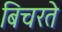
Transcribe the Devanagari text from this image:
बिचरते